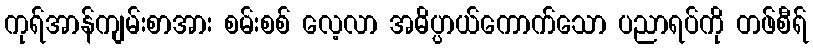
ကုရ်အာန်ကျမ်းစာအား စမ်းစစ် လေ့လာ အဓိပ္ပာယ်ကောက်သော ပညာရပ်ကို တဖ်စီရ်